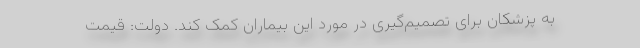
به پزشکان برای تصمیم‌گیری در مورد این بیماران کمک کند. دولت: قیمت